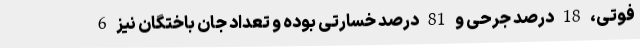
فوتی، 18 درصد جرحی و 81 درصد خسارتی بوده و تعداد جان باختگان نیز 6